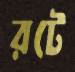
রটে